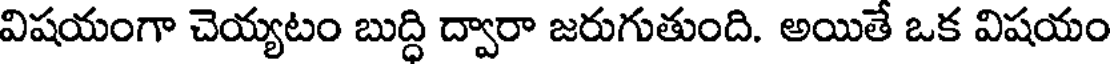
విషయంగా చెయ్యటం బుద్ధి ద్వారా జరుగుతుంది. అయితే ఒక విషయం